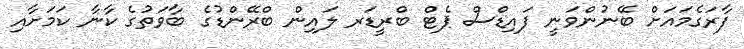
ފާރަގެމަައަށް ބޭނުންވަނީ ފައިޑްސް ޕެޓް ބްރީޑަރ ލައިން ބްރޭންޑުގެ ބާވަތުގެ ކާނާ ކަމަށާއި